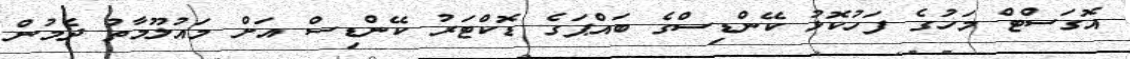
އޮގަސްޓް މަހުގެ ފަހުކޮޅު ކޭންޑިސްގެ ބައްޕަގެ ޑޮކްޓަރު ކޭންޑިސް އަށް މައުލޫމާތު ދެމުން